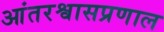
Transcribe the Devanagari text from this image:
आंतरश्वासप्रणाल